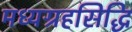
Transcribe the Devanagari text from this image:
मध्यग्रहसिद्धि